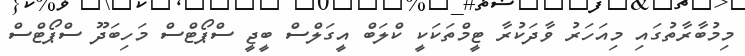
މިމުބާރާތުގައި މިއަހަރު ވާދަކުރާ ޓީމްތަކަކީ ކްލަބް އީގަލްސް ބީޖީ ސްޕޯޓްސް މަހިބަދޫ ސްޕޯޓްސް